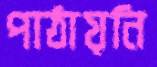
পাঠায়নি